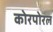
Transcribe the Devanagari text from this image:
कोरपोरल